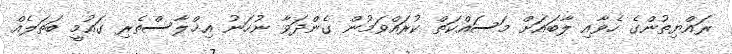
ރައްޔިތުންގެ ހެވާއި ލާބައަށް މަސައްކަތް ކުރައްވަމުން ގެންދަވާ ނުހަނު އިޚްލާސްތެރި ގައުމީ ބަތަލެއް